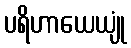
ပရိဟာယေယျုံ